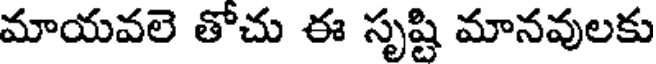
మాయవలె తోచు ఈ సృష్టి మానవులకు